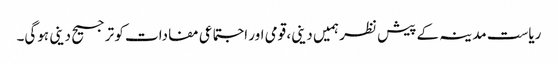
ریاست مدینہ کے پیش نظر ہمیں دینی، قومی اور اجتماعی مفادات کو ترجیح دینی ہوگی۔